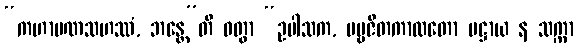
“ကဟာပဏသဟဿံ, ဘန္တေ”တိ ဝတွာ “ဥပါသက, ပဗ္ဗဇိတကာလတော ပဋ္ဌာယ န သက္ကာ